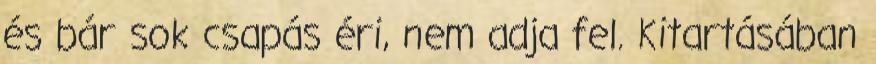
és bár sok csapás éri, nem adja fel. Kitartásában